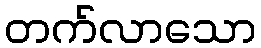
တက်လာသော